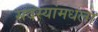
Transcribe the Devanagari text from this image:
सदस्यांमधला